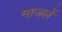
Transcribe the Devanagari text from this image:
माजलें